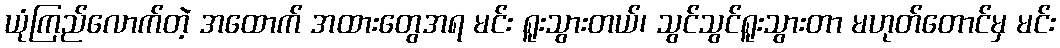
ယုံကြည်လောက်တဲ့ အထောက် အထားတွေအရ မင်း ရူးသွားတယ်၊ သွင်သွင်ရူးသွားတာ မဟုတ်တောင်မှ မင်း